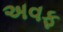
અવફ